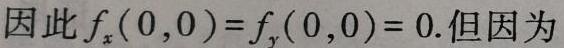
因此$f_x(0,0)=f_y(0,0)=0.$但因为